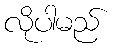
လိုပါမည်